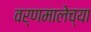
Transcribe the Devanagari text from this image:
वर्णमालेच्या